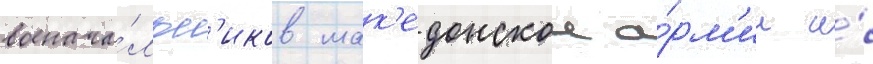
военача́льн'иков мак'едонскои а́рм'ии и́